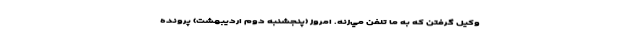
وكيل گرفتن كه به ما تلفن مي‌زنه. امروز (پنجشنبه دوم ارديبهشت) پرونده